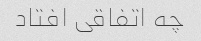
چه اتفاقی افتاد